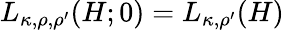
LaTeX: L_{\kappa,\rho,\rho^{\prime}}(H;0)=L_{\kappa,\rho^{\prime}}(H)